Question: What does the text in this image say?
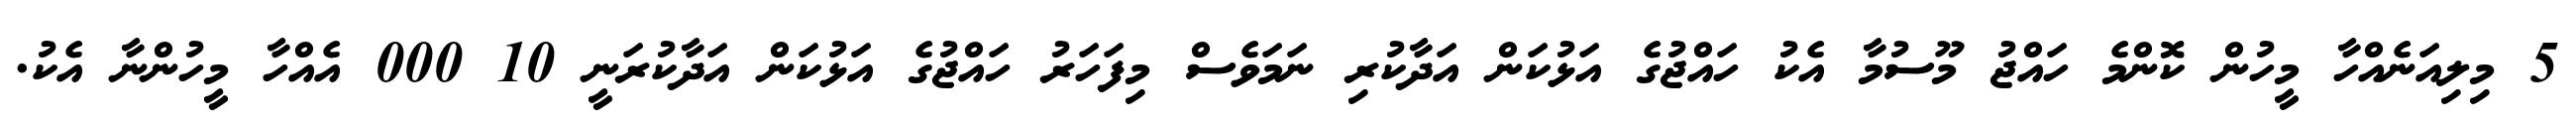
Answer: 5 މިލިއަނެއްހާ މީހުން ކޮންމެ ހައްޖު މޫސުމާ އެކު ހައްޖުގެ އަޅުކަން އަދާކުރި ނަމަވެސް މިފަހަރު ހައްޖުގެ އަޅުކަން އަދާކުރަނީ 10 000 އެއްހާ މީހުންނާ އެކު.